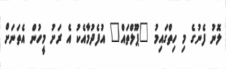
ލޮނު ފެނުގެ މި ހިތްގައިމު "ޕޫލްތައް" އުފެދުމާއެކު އެ ރަށު މީހުން އެތަނަށް